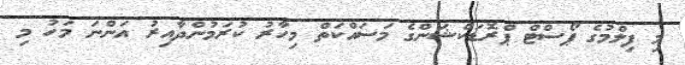
މި ފިލްމުގެ ޕޯސްޓް ޕްރޮޑަކްޝަންގެ މަސައްކަތް މިހާރު ކުރަމުންދާއިރު އަންނަ މަހު މި